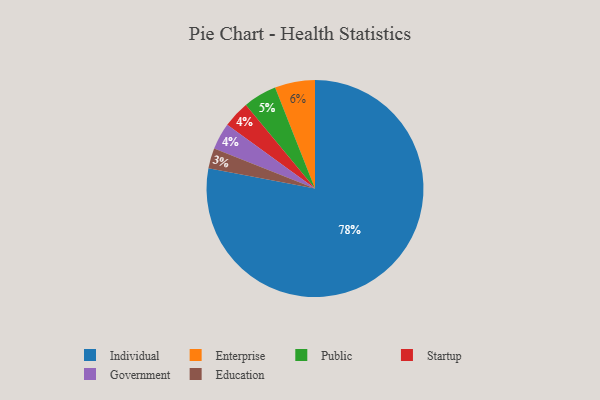
{"axis": {"x": "Category", "y": "Percentage"}, "legend": ["Education", "Enterprise", "Government", "Individual", "Public", "Startup"], "data": [{"x": "Education", "y": 3, "type": "Education"}, {"x": "Public", "y": 5, "type": "Public"}, {"x": "Enterprise", "y": 6, "type": "Enterprise"}, {"x": "Individual", "y": 78, "type": "Individual"}, {"x": "Startup", "y": 4, "type": "Startup"}, {"x": "Government", "y": 4, "type": "Government"}]}